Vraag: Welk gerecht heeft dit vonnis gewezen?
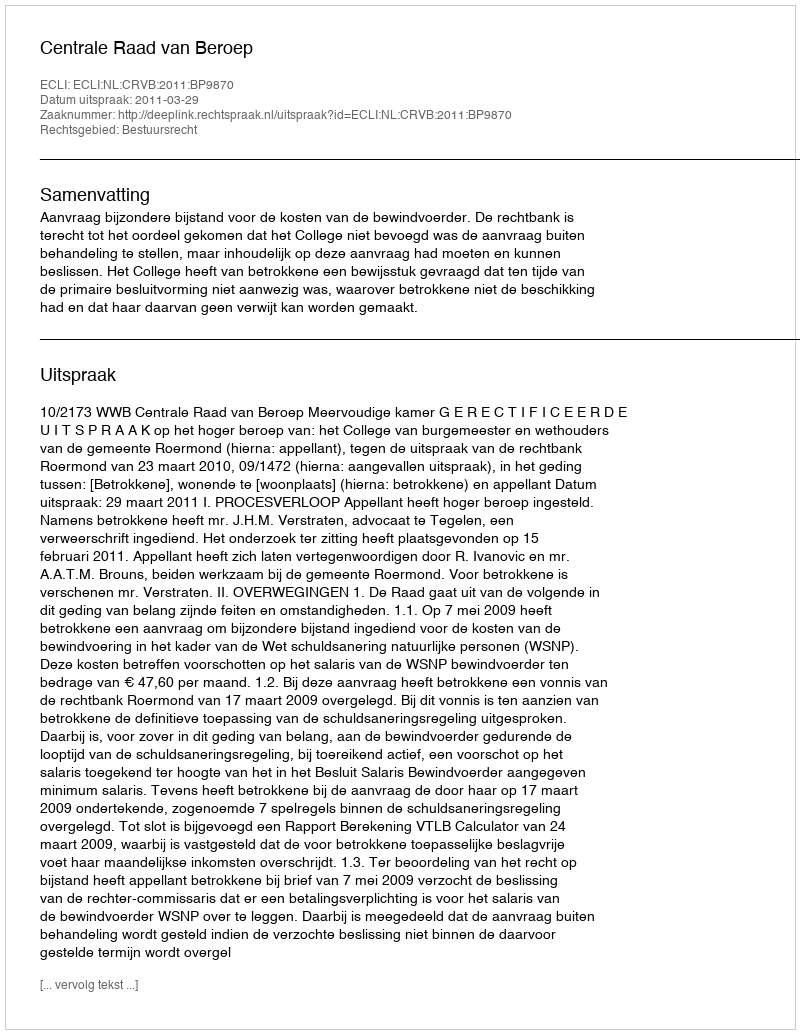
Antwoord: Centrale Raad van Beroep